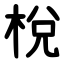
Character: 梲